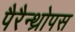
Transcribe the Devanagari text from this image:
पैरैन्थ्रोपस